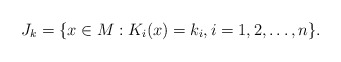
\begin{align*} J_k =\{x\in M: K_i(x)=k_i, i=1,2,\ldots,n\}.\end{align*}